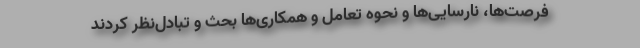
فرصت‌ها، نارسایی‌ها و نحوه تعامل و همکاری‌ها بحث و تبادل‌نظر کردند